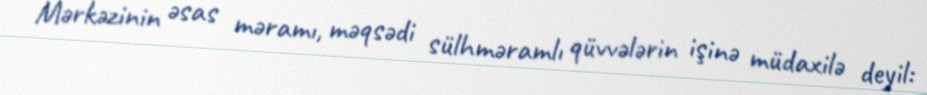
Mərkəzinin əsas məramı, məqsədi sülhməramlı qüvvələrin işinə müdaxilə deyil: